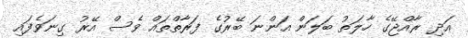
އަދި ރާއްޖޭގެ ހާލަތު ބަލަން އަންނަ ބޭރުގެ ފަރާތްތައް ވެސް އޭރު ގިނަވެފައި